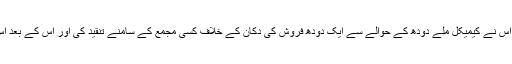
کہا جارہا ہے کہ اس نے کیمیکل ملے دودھ کے حوالے سے ایک دودھ فروش کی دکان کے خلاف کسی مجمع کے سامنے تنقید کی اور اس کے بعد اس پر تشدد کیا گیا۔